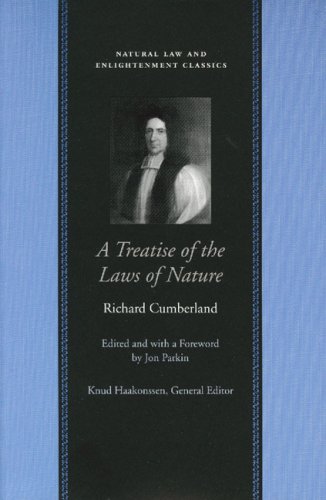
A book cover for Treatise of the Laws of Nature, A (Natural Law Paper); Richard Cumberland; Law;